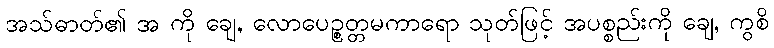
အသ်ဓာတ်၏ အ ကို ချေ, လောပေဉ္စတ္တမကာရော သုတ်ဖြင့် အပစ္စည်းကို ချေ, ကွစိ